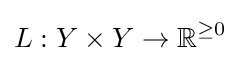
L:Y\times Y\to \mathbb {R} ^{\geq 0}